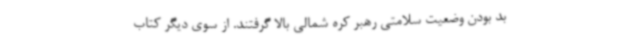
بد بودن وضعیت سلامتی رهبر کره شمالی بالا گرفتند. از سوی دیگر کتاب